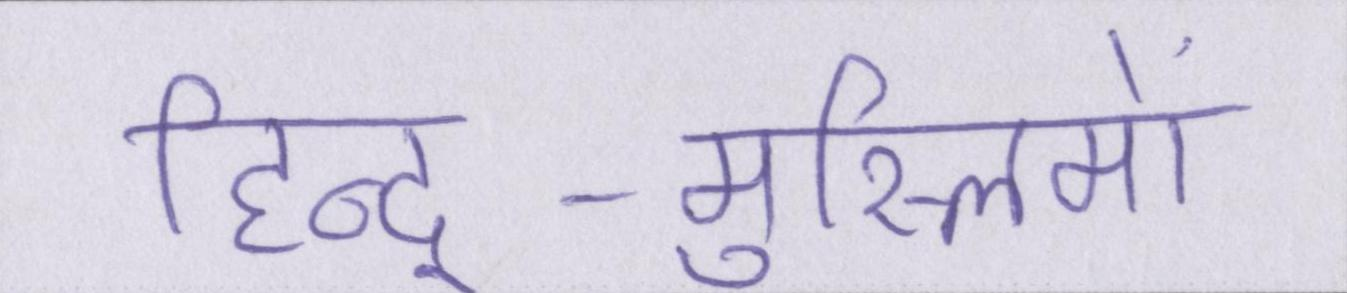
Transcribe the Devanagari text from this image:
हिन्दू-मुस्लिमों